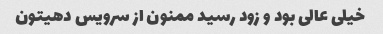
خیلی عالی بود و زود رسید ممنون از سرویس دهیتون